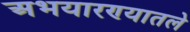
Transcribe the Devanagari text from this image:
अभयारण्यातले